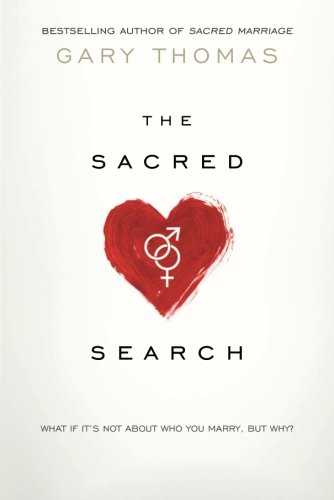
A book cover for The Sacred Search: What If It's Not about Who You Marry, But Why?; Gary Thomas; Self-Help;